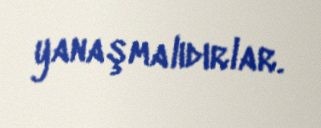
yanaşmalıdırlar.